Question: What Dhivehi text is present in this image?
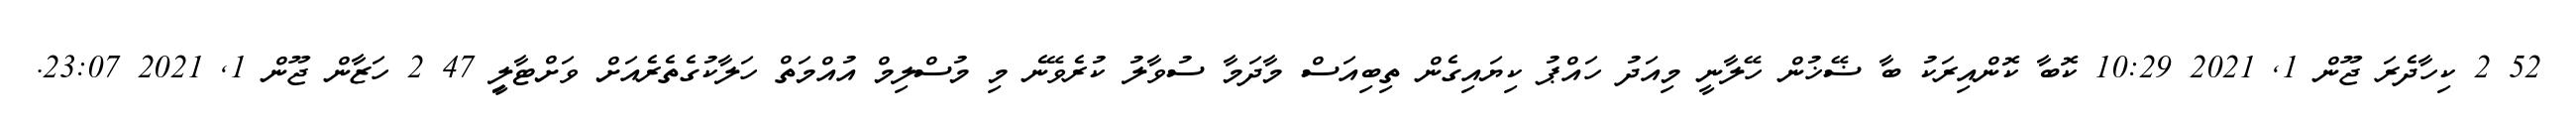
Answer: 52 2 ކިހާދެރަ ޖޫން 1, 2021 10:29 ކޮބާ ކޮންއިރަކު ބާ ޟޭޚުން ހޭލާނީ މިއަދު ހައްޕު ކިޔައިގެން ތިބިއަސް މާދަމާ ސުވާލު ކުރެވޭނެ މި މުސްލިމް އުއްމަތް ހަލާކުގެތެރެއަށް ވަށްޓާލިީ 47 2 ހަޒާން ޖޫން 1, 2021 23:07.